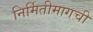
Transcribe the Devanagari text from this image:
निर्मितीमागची